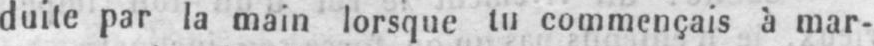
duite par la main lorsque tu commençais à mar-